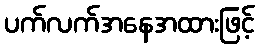
ပက်လက်အနေအထားဖြင့်